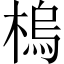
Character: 㮧